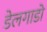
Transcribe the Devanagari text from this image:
डेलगाडो